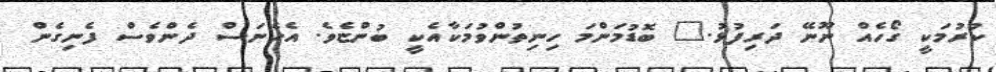
ކުރުމަކީ ގޯހެއް ނޫނޭ ދަރިފުޅު." ބޮޑުމަންމަ ހިނިތުންވުމަކާއެކީ ބުންޏެވެ. އެހެނަސް ދެންވެސް ފެނިގެން